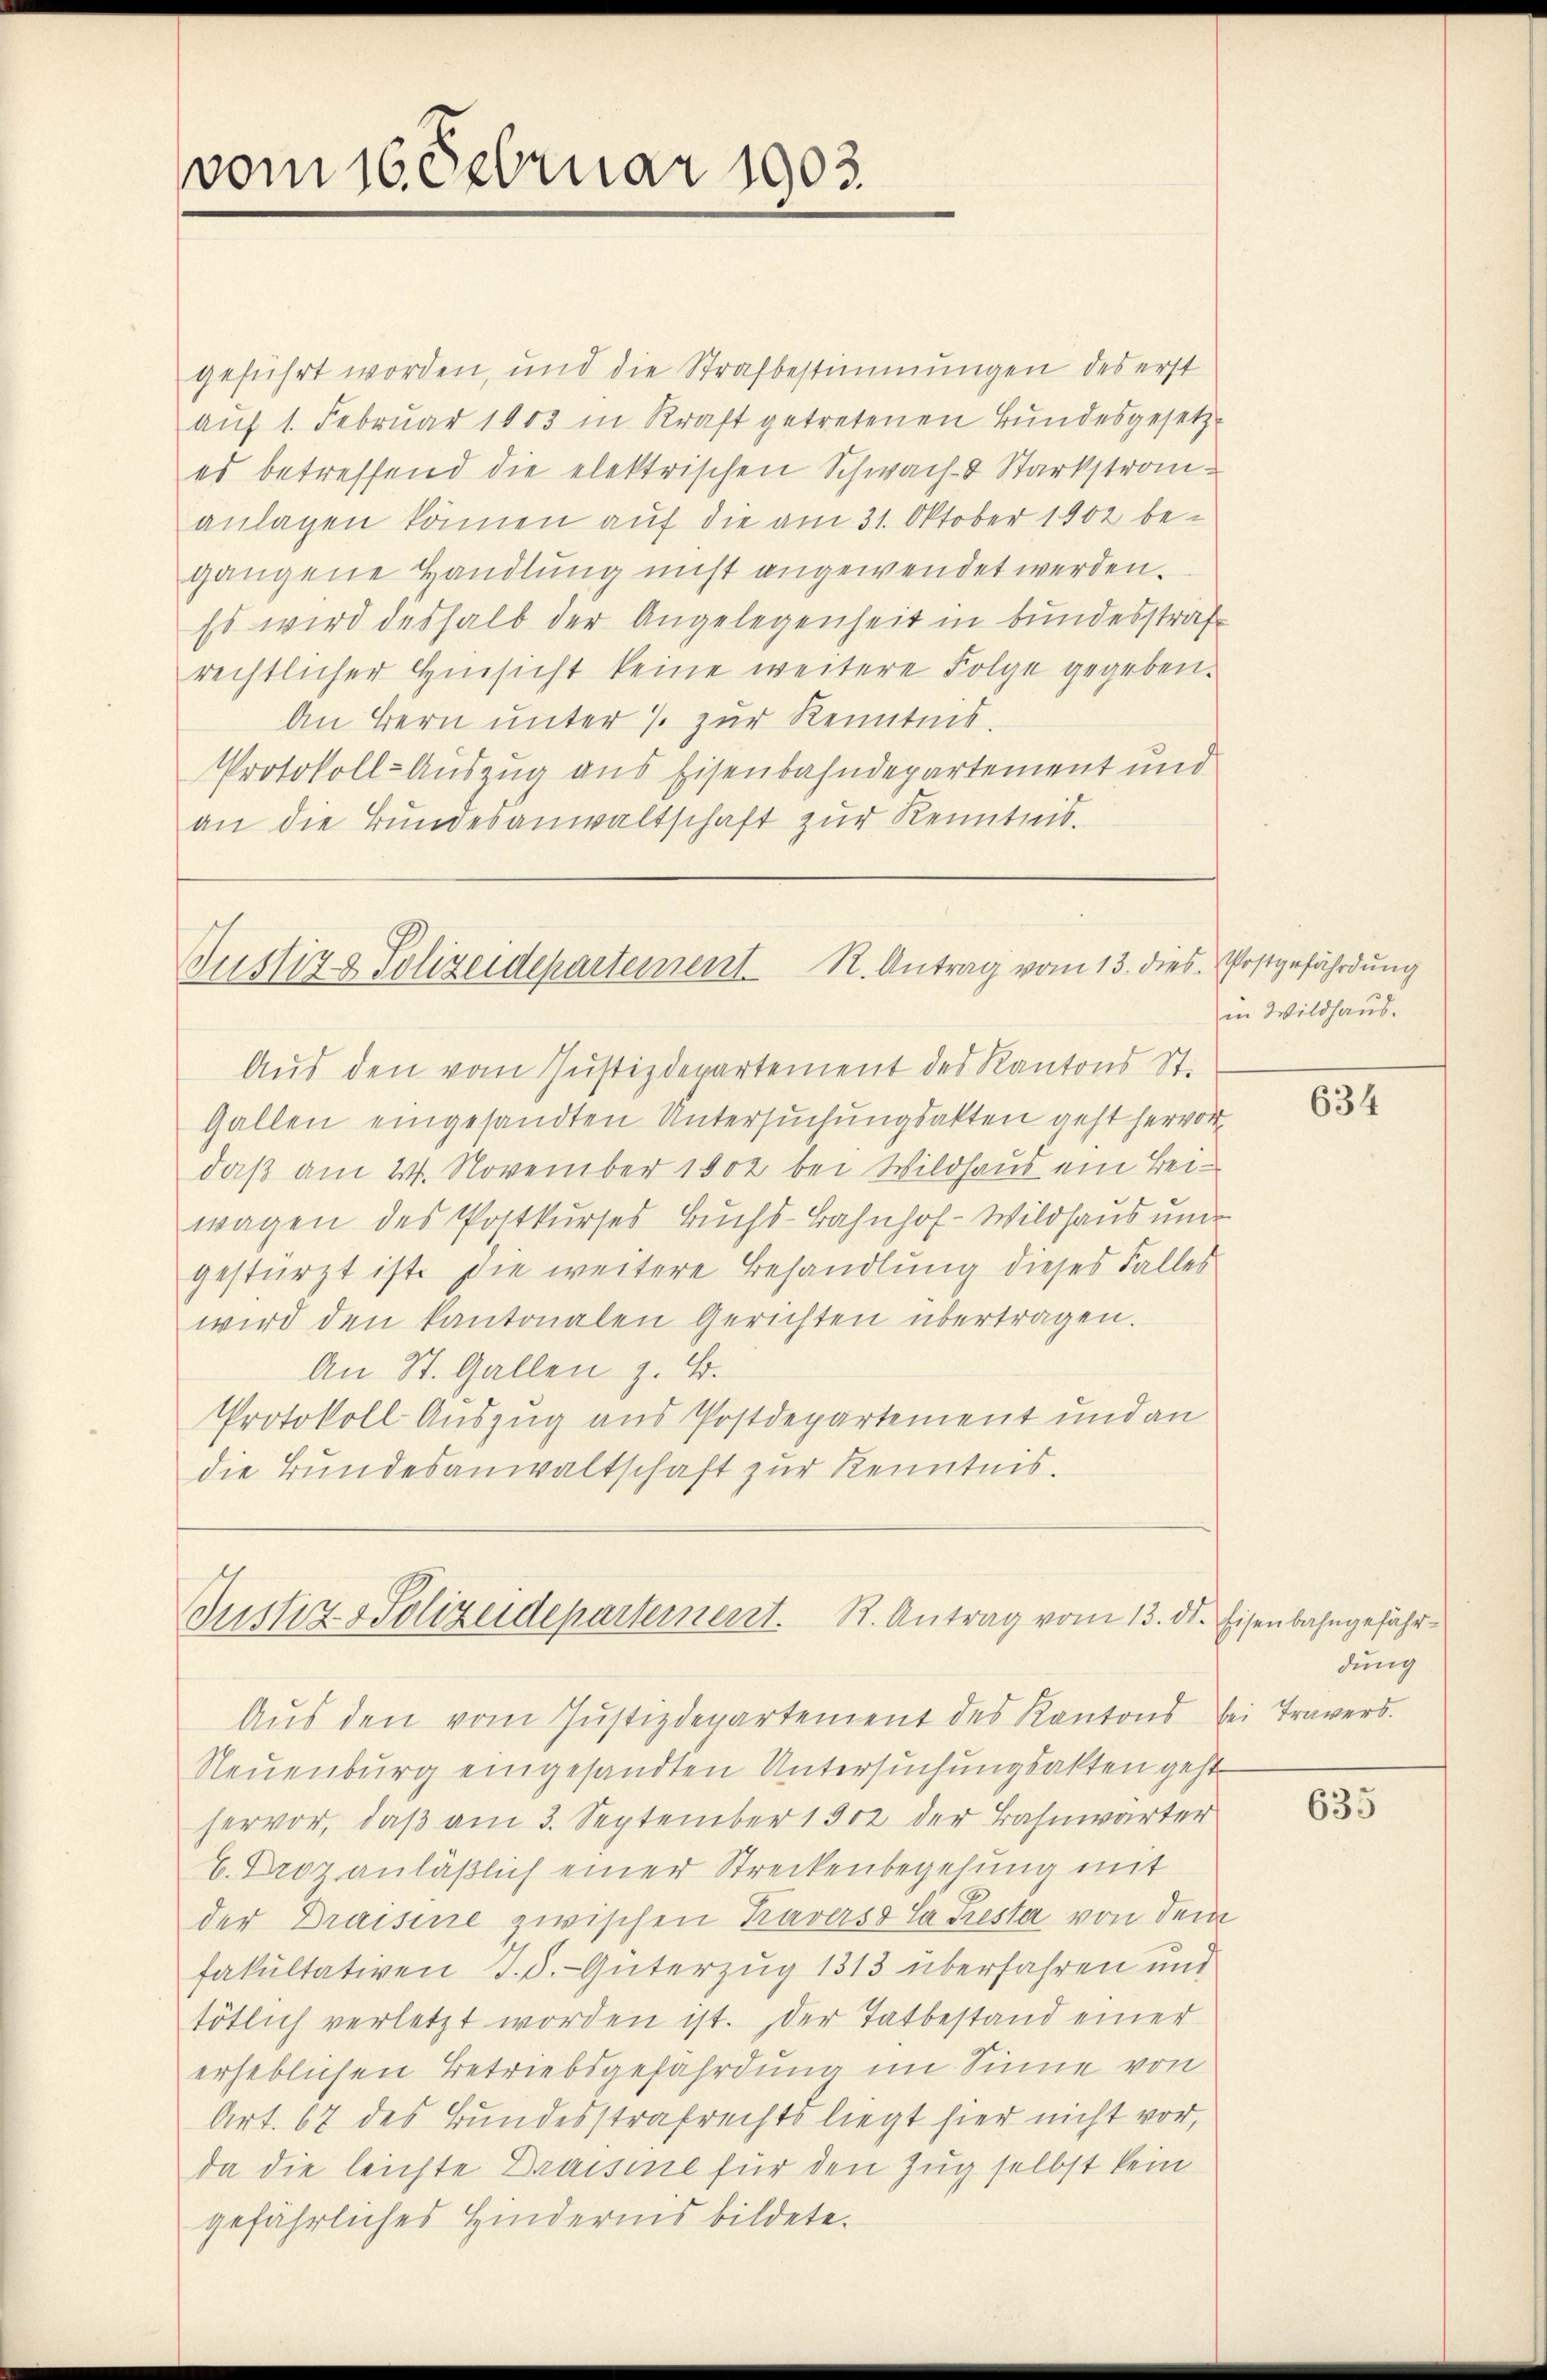
vom 16. Februar 1903.

geführt worden, und die Strafbestimmungen des erst
auf 1. Februar 1903 in Kraft getretenen Bundesgesetz-
es betreffend die elektrischen Schwach- & Starkstrom-
anlagen können auf die am 31. Oktober 1902 begangene Handlung nicht angewendet werden.
Es wird deshalb der Angelegenheit in bundesstrafrechtlicher Hinsicht keine weitere Folge gegeben.
An Bern unter 7 zur Kenntnis.
Protokoll-Auszug aus Eisenbahndepartement und
an die Bundesanwaltschaft zur Kenntnis.

Justiz & Polizeidepartement R. Antrag vom 13. dies Postgefährdung
Aus den vom Justizdepartement des Kantons St.

Justiz Polizeidepartement. K. Antrag vom 13. ds. Eisenbahngefähr¬

Gallen eingesandten Untersuchungsakten geht hervor
daß am 24. November 1902 bei Wildhaus ein Beiwagen des Postkurses Buchs-Bahnhof-Wildhaus un
gestürzt ist. Die weitere Behandlung dieses Falles
wird den kantonalen Gerichten übertragen.
An St. Gallen z. B.
Protokoll-Auszug aus Postdepartement und an
die Bundesanwaltschaft zur Kenntnis.

Aŭs den vom Justizdepartement des Kantons bei Travers.
Neuenburg eingesandten Untersuchungsakten gest
hervor, daß am 3. September 1902 der Bahnwärter
C. Droz anläβlich einer Streckenbegehung mit
der Draisine zwischen Kravers la Presta von dem
fakultativen I. d. Güterzug 1313 überfahren und
tötlich verletzt worden ist. Der Tatbestand einer
erheblichen Betriebsgefährdung im Sinne von
Art. 67 des Bundesstrafrechts liegt hier nicht vor,
da die leichte Draisine für den Zug selbst kein
gefährliches Hindernis bildete.

in Wildhaus.

634

dung

635